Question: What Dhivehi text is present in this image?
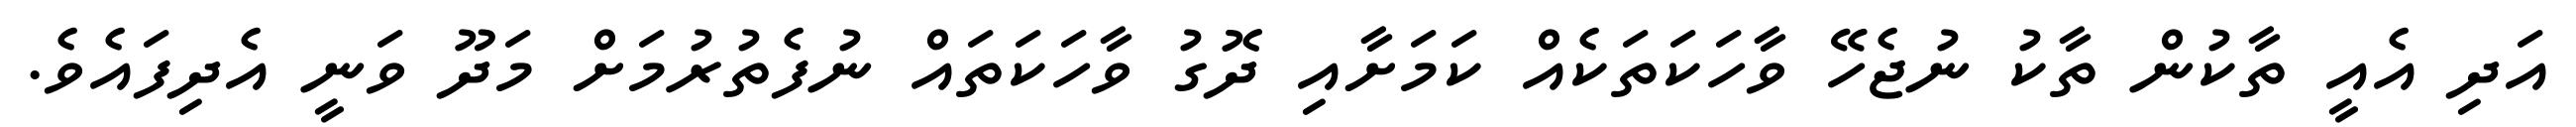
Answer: އަދި އެއީ ތާކުން ތާކު ނުޖެހޭ ވާހަކަތަކެއް ކަމަށާއި ދޮގު ވާހަކަތައް ނުފެތުރުމަށް މަދޫ ވަނީ އެދިފައެވެ.